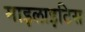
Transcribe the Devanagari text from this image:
माइलाइटिस